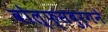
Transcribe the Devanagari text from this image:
वोल्फ्सबुर्गने